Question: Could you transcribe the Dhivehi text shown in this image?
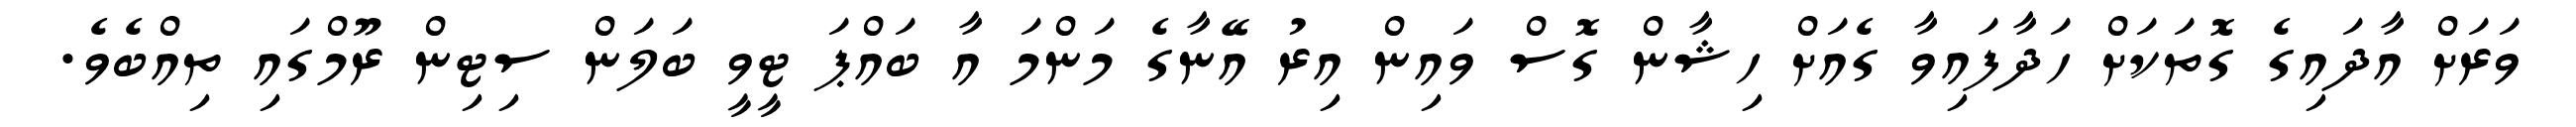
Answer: ވަރަށް އާދައިގެ ގޮތަކަށް ހަދާފައިވާ ގެއަށް ހިޝާން ގޮސް ވައިން އިރު އޭނާގެ މަންމަ އާ ބައްޕަ ޓީވީ ބަލަން ސިޓިން ރޫމްގައި ތިއްބެވެ.